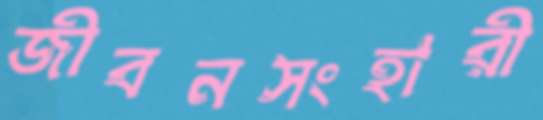
জীবনসংহারী